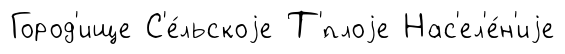
Город'ище С'е́льскоjе Т'́плоjе Нас'ел'е́н'иjе